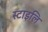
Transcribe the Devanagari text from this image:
स्टाइलि